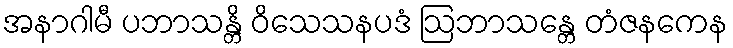
အနာဂါမီ ပဘာသန္တိ ဝိသေသနပဒံ ဩဘာသန္တေ တံဇနကေန